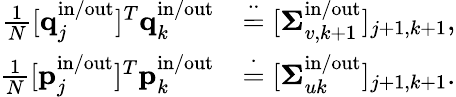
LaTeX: \begin{array}{rl}{\frac{1}{N}[\mathbf{q}_{j}^{\mathrm{in}/\mathrm{out}}]^{T}\mathbf{q}_{k}^{\mathrm{in}/\mathrm{out}}}&{\stackrel{\cdot\cdot}{=}[\boldsymbol{\Sigma}_{v,k+1}^{\mathrm{in}/\mathrm{out}}]_{j+1,k+1},}\\ {\frac{1}{N}[\mathbf{p}_{j}^{\mathrm{in}/\mathrm{out}}]^{T}\mathbf{p}_{k}^{\mathrm{in}/\mathrm{out}}}&{\stackrel{\cdot}{=}[\boldsymbol{\Sigma}_{uk}^{\mathrm{in}/\mathrm{out}}]_{j+1,k+1}.}\end{array}